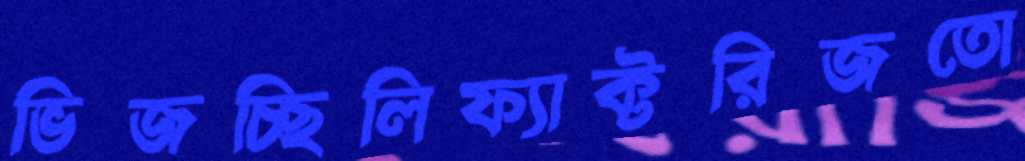
ভিজচ্ছিলিফ্যাক্টরিজতো